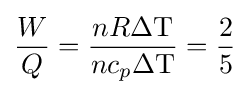
{\frac {W}{Q}}={\frac {nR\Delta \mathrm {T} }{nc_{p}\Delta \mathrm {T} }}={\frac {2}{5}}